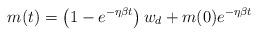
LaTeX: \begin{align*}m(t)=\left(1-e^{-\eta\beta t}\right)w_d+m(0)e^{-\eta\beta t}\end{align*}